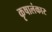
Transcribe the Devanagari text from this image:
कृषालंकार